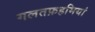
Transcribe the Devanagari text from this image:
गलतफ़हमियां